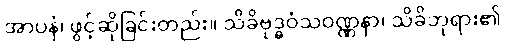
အာပနံ၊ ဖွင့်ဆိုခြင်းတည်း။ သိခိဗုဒ္ဓဝံသဝဏ္ဏနာ၊ သိခိဘုရား၏